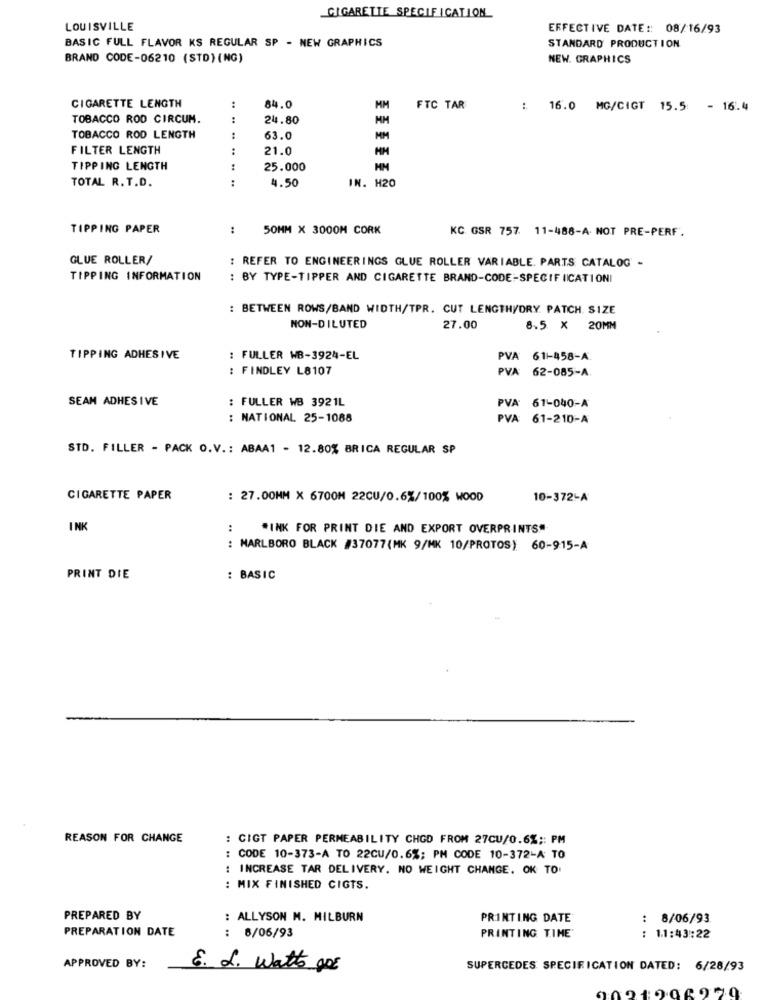
CIGARETTE SPECIFICATION
LOUISVILLE
EFFECTIVE DATE :: 08/16/93
BASIC FULL FLAVOR KS REGULAR SP - NEW GRAPHICS
STANDARD PRODUCTION
BRAND CODE-06210 (STD) (NG)
NEW. GRAPHICS
CIGARETTE LENGTH
..
84.0
MM
FTC TAR
: 16.0 MG/CIGT 15.5 - 16.4
TOBACCO ROD CIRCUM.
24.80
MM
MM
TOBACCO ROD LENGTH
63.0
FILTER LENGTH
:
21.0
TIPPING LENGTH
25.000
HM
TOTAL R. T.D.
:
4.50
IN. H20
TIPPING PAPER
..
50MM X 3000M CORK
KC GSR 757. 11-488-A- NOT PRE-PERF.
GLUE ROLLER/
: REFER TO ENGINEERINGS GLUE ROLLER VARIABLE. PARTS CATALOG -
TIPPING INFORMATION
: BY TYPE-TIPPER AND CIGARETTE BRAND-CODE-SPECIFICATIONI
: BETWEEN ROWS/BAND WIDTH/TPR. CUT LENGTH/DRY PATCH. SIZE
NON-DILUTED
27.00
8.5 × 20MM
TIPPING ADHESIVE
: FULLER WB-3924-EL
PVA
61 -- 458-A
: FINDLEY L8107
PVA
62-085-A
SEAM ADHESIVE
: FULLER WB 3921L
PVA
61-040-A
: NATIONAL 25-1088
PVA: 61-210-A
STD. FILLER - PACK O.V .: ABAA1 - 12.80% BRICA REGULAR SP
CIGARETTE PAPER
: 27.00MM X 6700M 22CU/0.6%/100% WOOD
10-372-A
INK
:
"INK FOR PRINT DIE AND EXPORT OVERPRINTS"
: MARLBORO BLACK #37077(MK 9/MK 10/PROTOS) 60-915-A
PRINT DIE
: BASIC
REASON FOR CHANGE
: CIGT PAPER PERMEABILITY CHOD FROM 27CU/0.6% ;: PM
CODE 10-373-A TO 22CU/0.6%; PM CODE 10-372-A: TO
: INCREASE TAR DELIVERY. NO WEIGHT CHANGE. OK TO
: MIX FINISHED CIGTS.
PREPARED BY
: ALLYSON M. MILBURN
PRINTING DATE
: 8/06/93
PREPARATION DATE
: 6/06/93
PRINTING TIME
: 11:43:22
APPROVED BY:
E. L. Watts got
SUPERCEDES SPECIFICATION DATED: 6/28/93